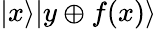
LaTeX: |x\rangle|y\oplus f(x)\rangle